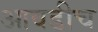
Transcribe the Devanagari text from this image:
आवडीच